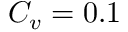
C _ { v } = 0 . 1